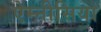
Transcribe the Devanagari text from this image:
ऐम्नीसिया